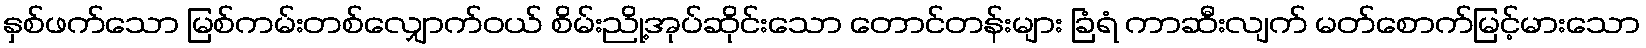
နှစ်ဖက်သော မြစ်ကမ်းတစ်လျှောက်ဝယ် စိမ်းညို့အုပ်ဆိုင်းသော တောင်တန်းများ ခြံရံ ကာဆီးလျက် မတ်စောက်မြင့်မားသော